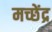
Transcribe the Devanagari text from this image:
मच्छेंद्र